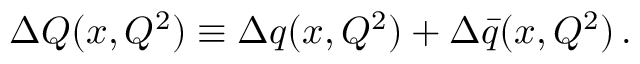
\Delta { \cal Q } ( x , Q ^ { 2 } ) \equiv \Delta q ( x , Q ^ { 2 } ) + \Delta \bar { q } ( x , Q ^ { 2 } ) \, .